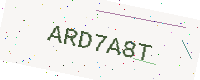
Text: ARD7A8T